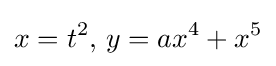
x=t^{2},\,y=ax^{4}+x^{5}